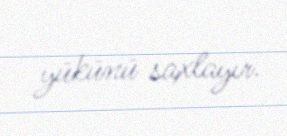
yükünü saxlayır.